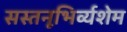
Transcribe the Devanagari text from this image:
सस्तनूभिर्व्यशेम